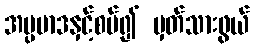
အပ္ပမာဒနှင့်စပ်၍ မှတ်သားဖွယ်